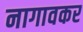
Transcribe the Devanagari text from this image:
नागावकर